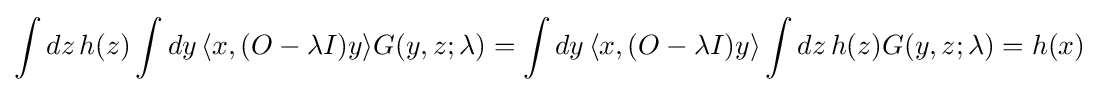
\int dz\,h(z)\int dy\,\langle x,(O-\lambda I)y\rangle G(y,z;\lambda )=\int dy\,\langle x,(O-\lambda I)y\rangle \int dz\,h(z)G(y,z;\lambda )=h(x)